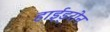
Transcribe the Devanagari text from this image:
हाईड्रोन